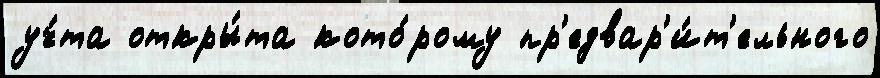
уч́та откры́та кото́рому пр'едвар'и́т'ельного